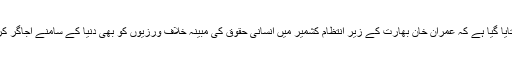
یہ بھی بتایا گیا ہے کہ عمران خان بھارت کے زیر انتظام کشمیر میں انسانی حقوق کی مبینہ خلاف ورزیوں کو بھی دنیا کے سامنے اجاگر کریں گے۔